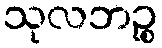
သုလဘဉ္စ